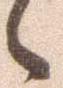
々